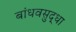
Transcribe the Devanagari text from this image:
बांधवसुद्धा